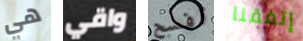
هي واقي أفسح إتفقنا